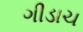
ગીડાચ